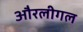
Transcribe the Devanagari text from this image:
औरलीगल